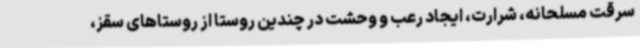
سرقت مسلحانه، شرارت، ایجاد رعب و وحشت در چندین روستا از روستاهای سقز،